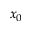
x _ { 0 }